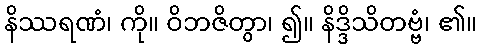
နိဿရဏံ၊ ကို။ ဝိဘဇိတွာ၊ ၍။ နိဒ္ဒိသိတဗ္ဗံ၊ ၏။